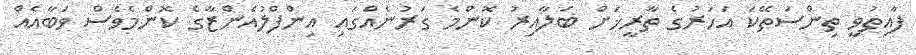
ފާއިތުވީ ތިންސަތޭކަ އަހަރުގެ ތާރީޚަށް ބަލާއިރު ކޮންމެ ގަރުނެއްގައި އިންފްލުއެންޒާގެ ކޮންމެވެސް ވަބާއެއް